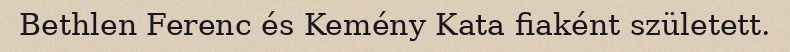
Bethlen Ferenc és Kemény Kata fiaként született.